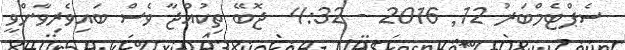
ސެޕްޓެމްބަރު 12